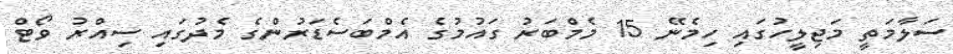
ސަލާމަތީ މަޖިލީހުގައި ހިމެނޭ 15 މެމްބަރު ގައުމުގެ އެމްބަސެޑަރުންގެ މެދުގައި ސިއްރު ވޯޓް